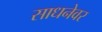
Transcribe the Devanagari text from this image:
साधनेवर